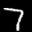
Label: 7